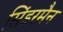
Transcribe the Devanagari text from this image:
सिंडरमैन